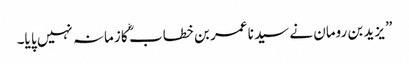
” یزید بن رومان نے سید نا عمر بن خطاب ؓ کا زمانہ نہیں پا یا۔